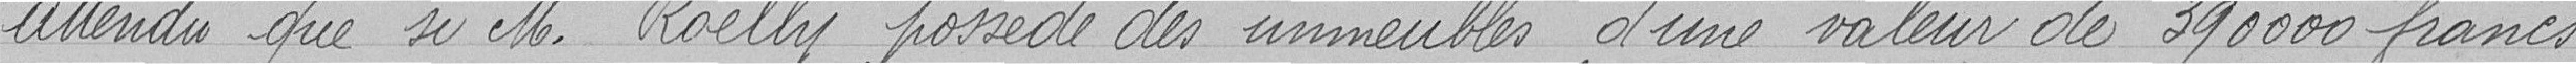
Attendu que si Monsieur Roelly possède des immeubles d'une valeur de 390000 francs